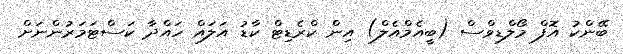
ބޭންކު އޮފް މޯލްޑިވްސް (ބީއެމްއެލް) އިން ކްރެޑިޓް ކާޑު އަލައް ހައްދާ ކަސްޓަމަރުންނަށް